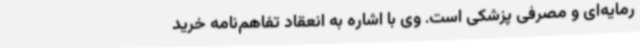
رمایه‌ای و مصرفی پزشکی است. وی با اشاره به انعقاد تفاهم‌نامه خرید